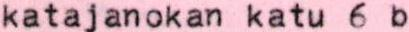
katajanokan katu 6 b